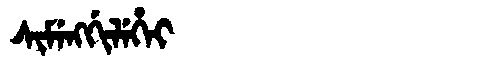
Manchu: ᠰᡳᠮᡝᠩᡤᡳᠯᡝᡥᡝᡳ
Romanization: SIMENGGILEHEI